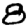
Digit: 8